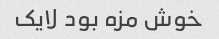
خوش مزه بود لایک